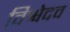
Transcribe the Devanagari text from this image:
विश्वेदव